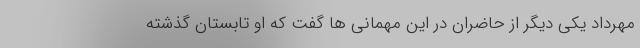
مهرداد یکی دیگر از حاضران در این مهمانی ها گفت که او تابستان گذشته